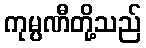
ကုမ္ပဏီတို့သည်